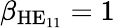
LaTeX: \beta_{\mathrm{HE}_{11}}=1